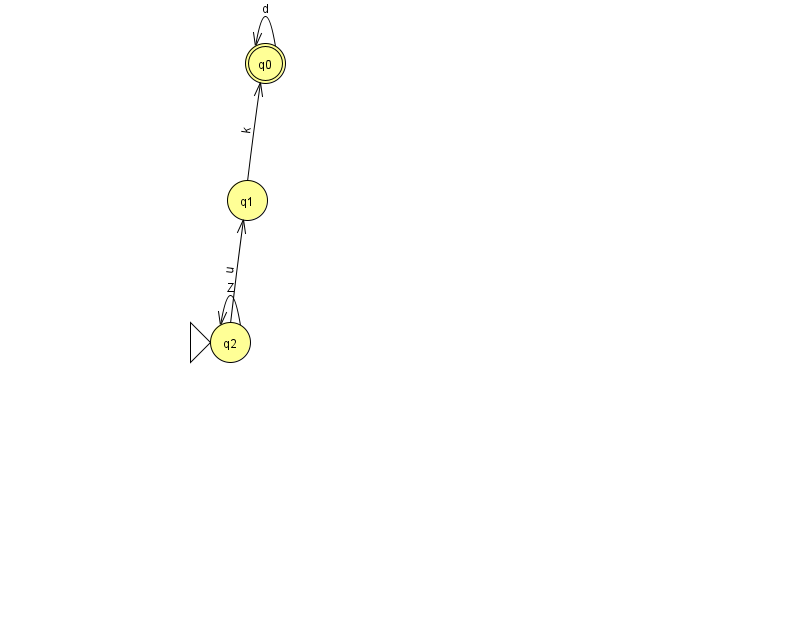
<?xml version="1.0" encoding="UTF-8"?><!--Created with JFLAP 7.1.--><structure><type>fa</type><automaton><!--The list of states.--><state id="0" name="q0"><x>265.0</x><y>50.0</y><final/></state><state id="1" name="q1"><x>247.0</x><y>187.0</y></state><state id="2" name="q2"><x>230.0</x><y>329.0</y><initial/></state><!--The list of transitions.--><transition><from>2</from><to>1</to><read>u</read></transition><transition><from>0</from><to>0</to><read>d</read></transition><transition><from>2</from><to>2</to><read>Z</read></transition><transition><from>1</from><to>0</to><read>k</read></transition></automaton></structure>